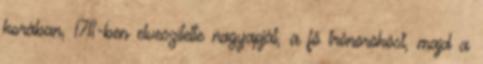
korában, 1711-ben elveszítette nagyapját, a fő trónörököst, majd a